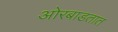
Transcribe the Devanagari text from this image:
ओरबाडतात